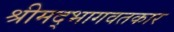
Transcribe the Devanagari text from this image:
श्रीमद्‌भागवतकार